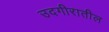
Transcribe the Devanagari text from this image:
उदगीरातील